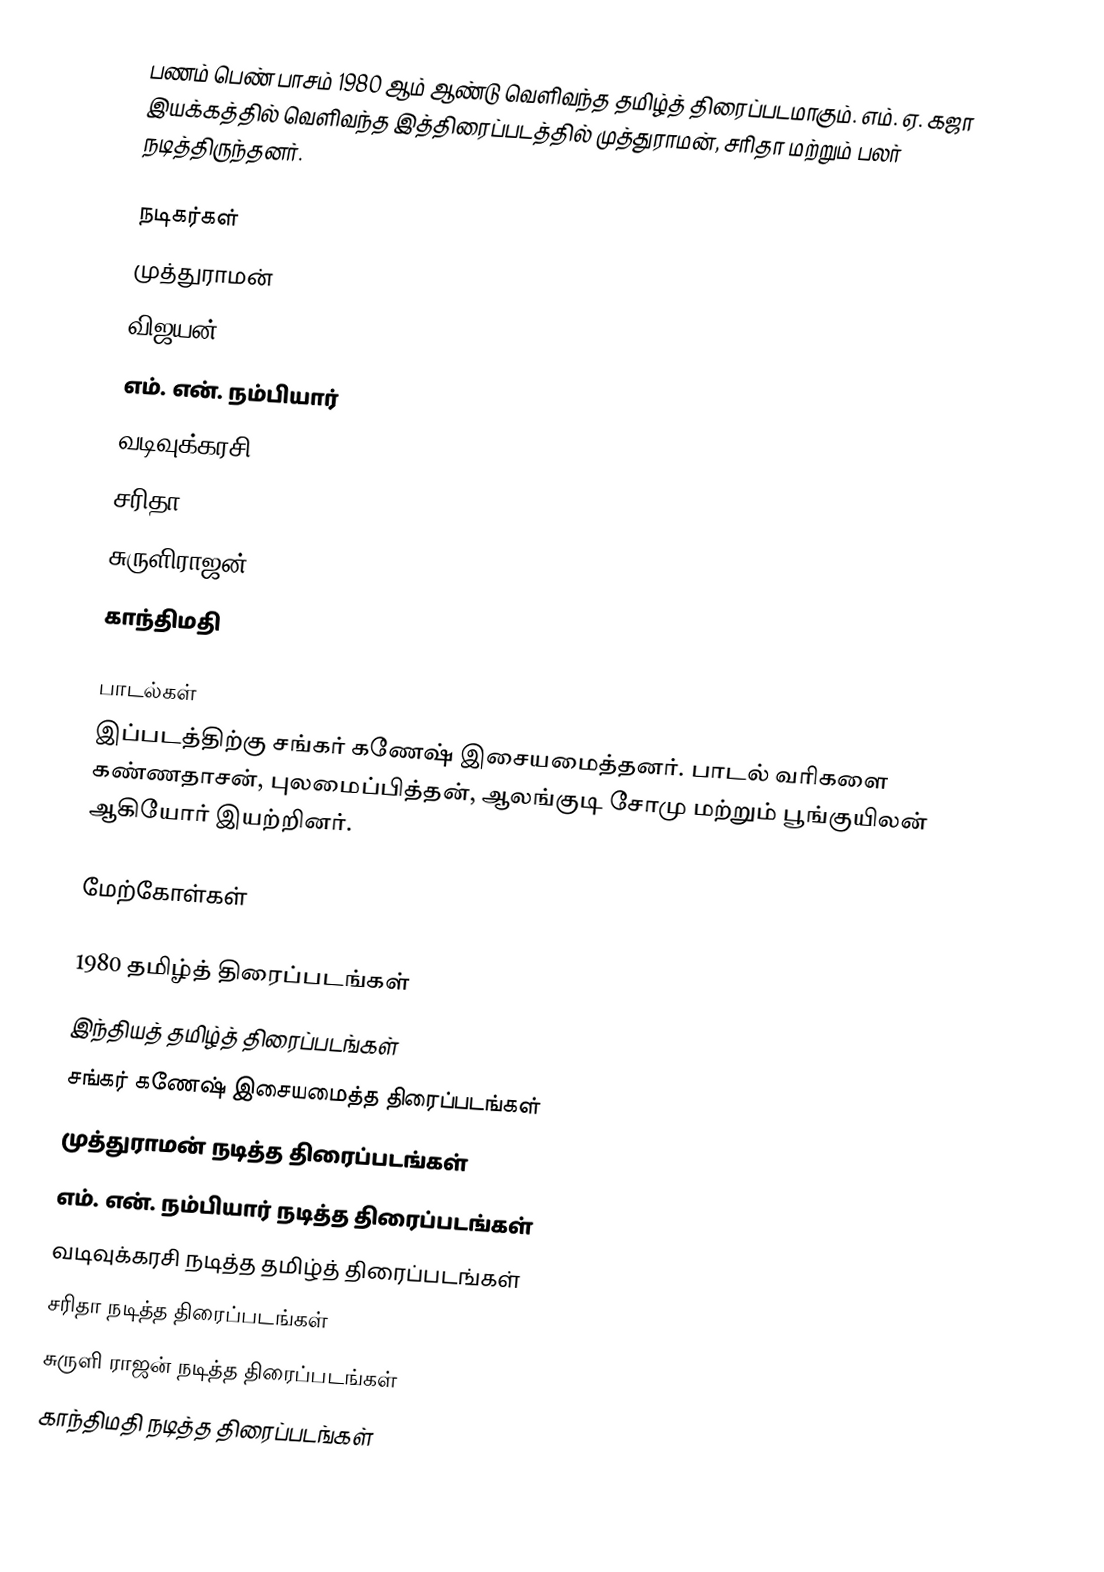
பணம் பெண் பாசம் 1980 ஆம் ஆண்டு வெளிவந்த தமிழ்த் திரைப்படமாகும். எம். ஏ. கஜா இயக்கத்தில் வெளிவந்த இத்திரைப்படத்தில் முத்துராமன், சரிதா மற்றும் பலர் நடித்திருந்தனர்.

நடிகர்கள்
 முத்துராமன்
 விஜயன்
 எம். என். நம்பியார்
 வடிவுக்கரசி
 சரிதா
 சுருளிராஜன்
 காந்திமதி

பாடல்கள்
இப்படத்திற்கு சங்கர் கணேஷ் இசையமைத்தனர். பாடல் வரிகளை கண்ணதாசன், புலமைப்பித்தன், ஆலங்குடி சோமு மற்றும் பூங்குயிலன் ஆகியோர் இயற்றினர்.

மேற்கோள்கள்

1980 தமிழ்த் திரைப்படங்கள்
இந்தியத் தமிழ்த் திரைப்படங்கள்
சங்கர் கணேஷ் இசையமைத்த திரைப்படங்கள்
முத்துராமன் நடித்த திரைப்படங்கள்
எம். என். நம்பியார் நடித்த திரைப்படங்கள்
வடிவுக்கரசி நடித்த தமிழ்த் திரைப்படங்கள்
சரிதா நடித்த திரைப்படங்கள்
சுருளி ராஜன் நடித்த திரைப்படங்கள்
காந்திமதி நடித்த திரைப்படங்கள்